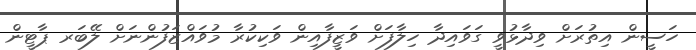
ހަސީން އިތުރަށް ވިދާޅުވީ ގަވައިދާ ހިލާފަށް ވަޒީފާއިން ވަކިކުރާ މުވައްޒަފުންނަށް ލޭބަރ ޕާޓީން